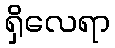
ရှိလေရာ